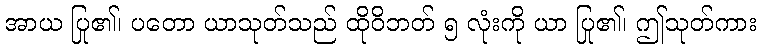
အာယ ပြု၏၊ ပတော ယာသုတ်သည် ထိုဝိဘတ် ၅ လုံးကို ယာ ပြု၏၊ ဤသုတ်ကား